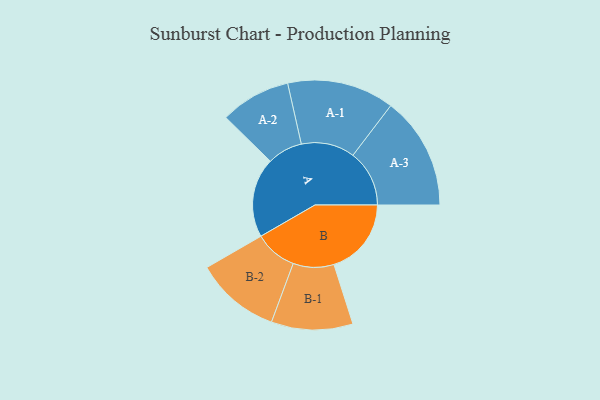
{"axis": {"x": "Segment", "y": "Value"}, "legend": ["", "A", "B"], "data": [{"x": "A", "y": 387, "type": ""}, {"x": "B", "y": 376, "type": ""}, {"x": "A-1", "y": 260, "type": "A"}, {"x": "A-2", "y": 171, "type": "A"}, {"x": "A-3", "y": 274, "type": "A"}, {"x": "B-1", "y": 198, "type": "B"}, {"x": "B-2", "y": 206, "type": "B"}]}